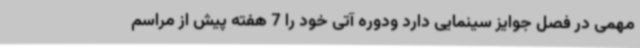
مهمی در فصل جوایز سینمایی دارد ودوره آتی خود را 7 هفته پیش از مراسم